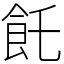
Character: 飥